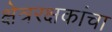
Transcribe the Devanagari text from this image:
क्षेत्ररक्षकांचा